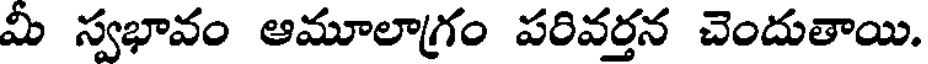
మీ స్వభావం ఆమూలాగ్రం పరివర్తన చెందుతాయి.